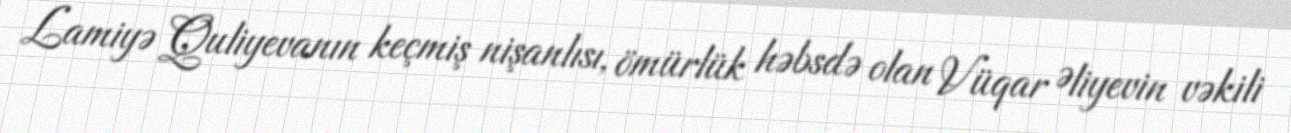
Lamiyə Quliyevanın keçmiş nişanlısı, ömürlük həbsdə olan Vüqar Əliyevin vəkili